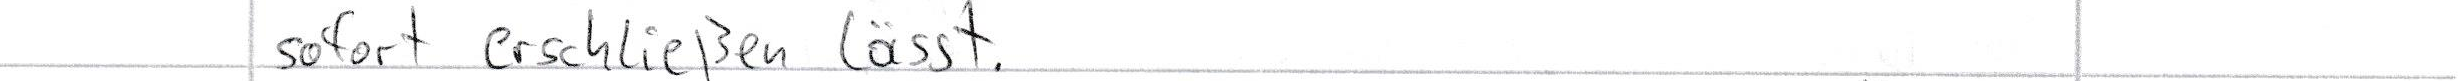
sofort erschließen lässt.